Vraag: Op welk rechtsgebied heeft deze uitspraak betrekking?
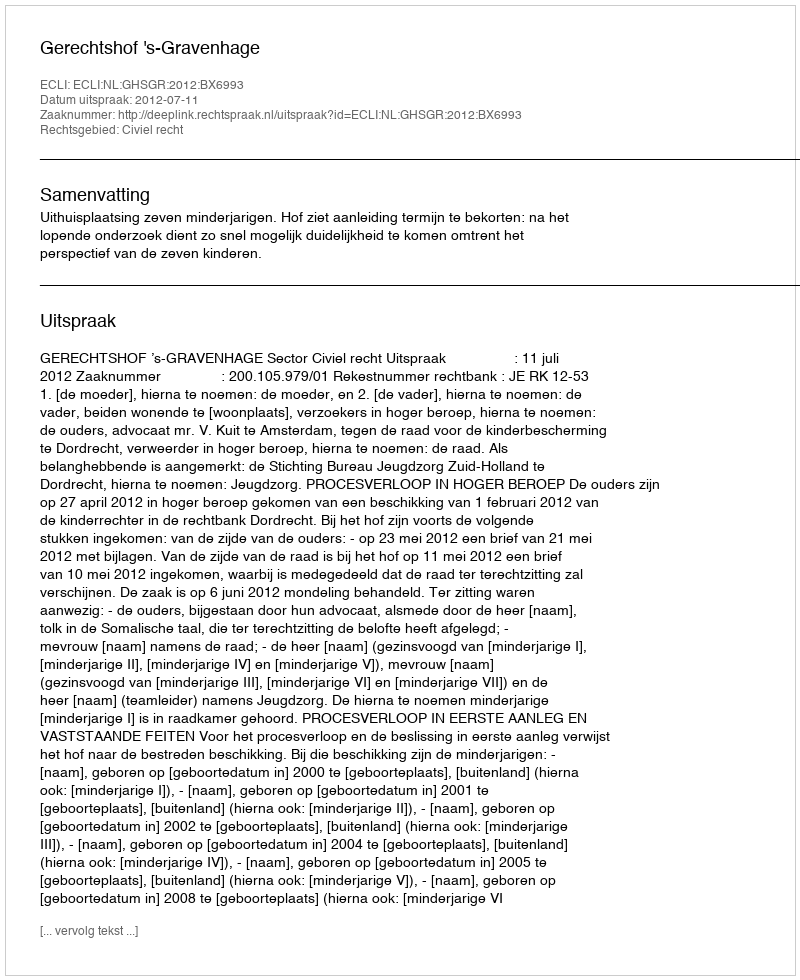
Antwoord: Civiel recht